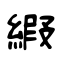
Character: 縀